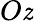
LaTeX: O\mathit{z}